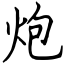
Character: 炮